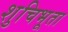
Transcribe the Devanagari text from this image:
शुचिभूता